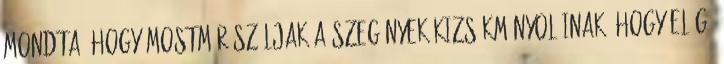
mondta, hogy mostmár szóljak a szegények kizsákmányolóinak, hogy elég.